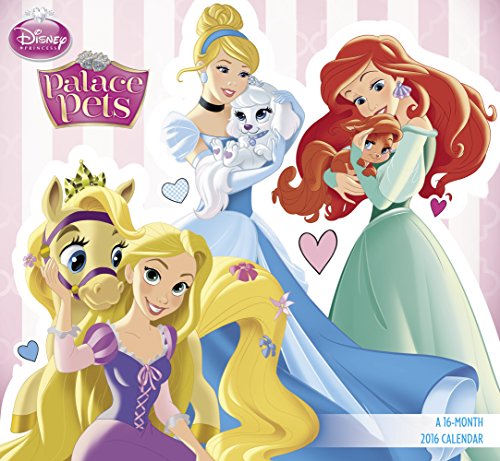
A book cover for Disney Princess Palace Pets Mini Wall Calendar (2016); Day Dream; Calendars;